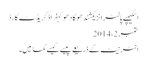
اسکیمپے پالٹرانزیکشندھوکادھوکہفراڈکریڈٹ کارڈ
ستمبر 2، 2014
انٹرنیٹ کے ذریعے پیسے کیسے کمائیں۔